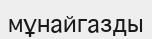
мұнайгазды